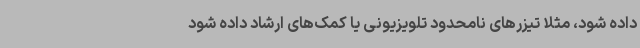
داده شود، مثلا تیزرهای نامحدود تلویزیونی یا کمک‌های ارشاد داده شود